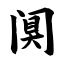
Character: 阒